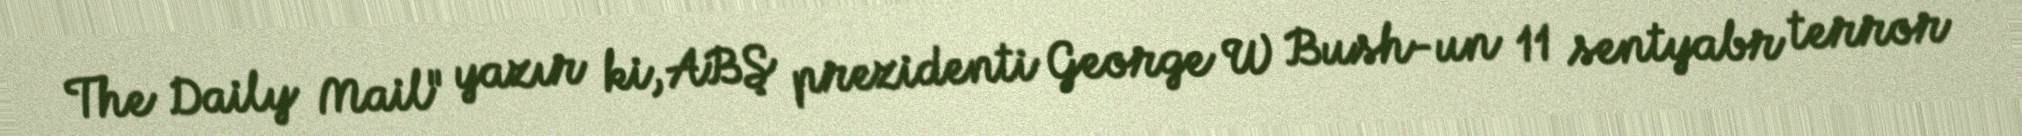
The Daily Mail" yazır ki, ABŞ prezidenti George W Bush-un 11 sentyabr terror